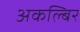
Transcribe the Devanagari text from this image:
अकल्बिर